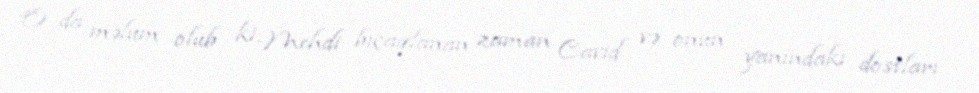
O da məlum olub ki, Mehdi bıçaqlanan zaman Cavid və onun yanındakı dostları